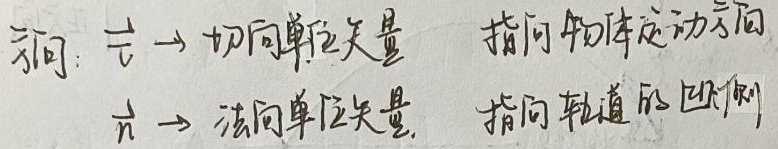
方向：
\(\vec{\tau}\)为切向单位矢量，指向物体运动方向；
\(\vec{n}\)为法向单位矢量，指向轨道的凹侧